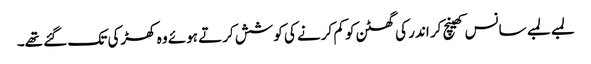
لمبے لمبے سانس کھینچ کر اندر کی گھٹن کو کم کرنے کی کوشش کرتے ہوئے وہ کھڑکی تک گئے تھے۔